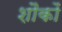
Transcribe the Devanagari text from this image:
शौकों